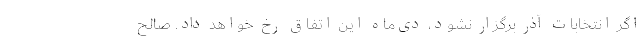
اگر انتخابات آذر برگزار نشود، دی‌ماه این اتفاق رخ خواهد داد. صالح